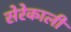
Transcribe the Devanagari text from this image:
सेरेकाली